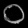
Digit: ၀